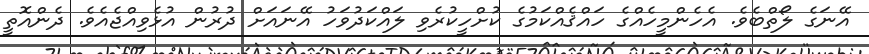
އޭނަގެ ލޯތްބެވެ. އެހެންމީހެއްގެ ހައްޤެއްކަމުގެ ކުށްހީކުރެވި ލައްކަދުވަހު އޭނައަށް ދުރުން އުޅެވިއްޖެއެވެ. ދެންއޮތީ